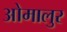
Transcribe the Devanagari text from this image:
ओमालुर